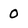
Character: o